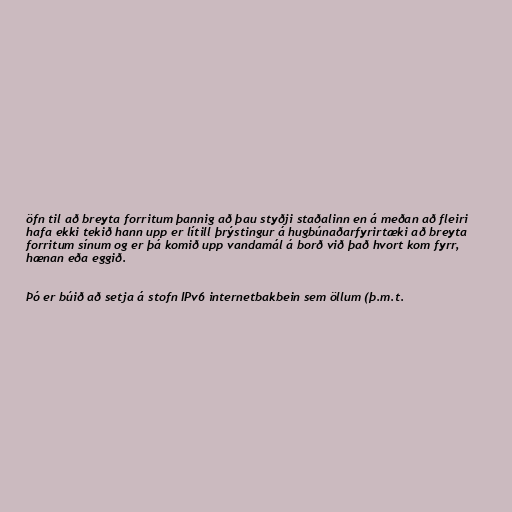
öfn til að breyta forritum þannig að þau styðji staðalinn en á meðan að fleiri
hafa ekki tekið hann upp er lítill þrýstingur á hugbúnaðarfyrirtæki að breyta
forritum sínum og er þá komið upp vandamál á borð við það hvort kom fyrr,
hænan eða eggið.

Þó er búið að setja á stofn IPv6 internetbakbein sem öllum (þ.m.t.